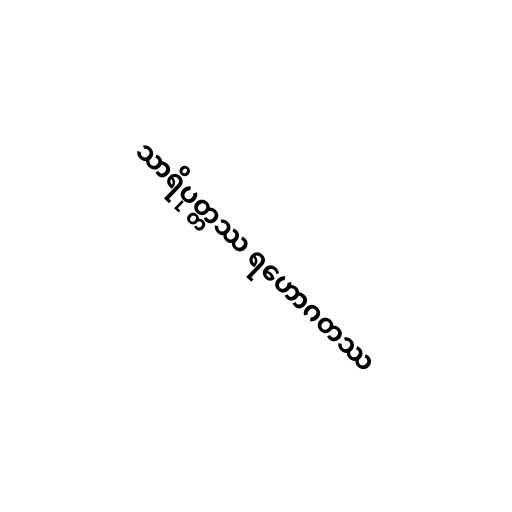
သာရိပုတ္တဿ ရဟောဂတဿ